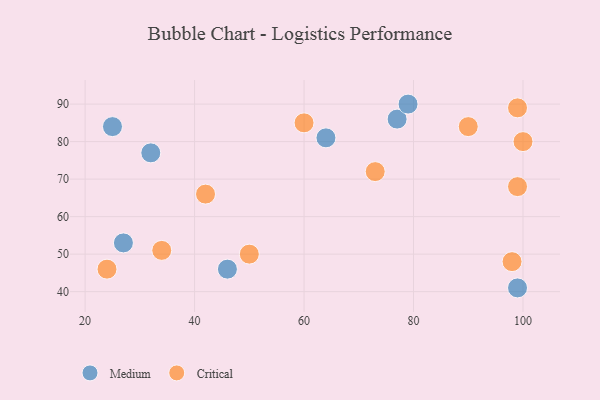
{"axis": {"x": "GDP", "y": "Life Expectancy"}, "legend": ["Critical", "Medium"], "data": [{"x": "99", "y": 41, "type": "Medium"}, {"x": "25", "y": 84, "type": "Medium"}, {"x": "27", "y": 53, "type": "Medium"}, {"x": "46", "y": 46, "type": "Medium"}, {"x": "77", "y": 86, "type": "Medium"}, {"x": "64", "y": 81, "type": "Medium"}, {"x": "79", "y": 90, "type": "Medium"}, {"x": "32", "y": 77, "type": "Medium"}, {"x": "99", "y": 68, "type": "Critical"}, {"x": "100", "y": 80, "type": "Critical"}, {"x": "98", "y": 48, "type": "Critical"}, {"x": "99", "y": 89, "type": "Critical"}, {"x": "34", "y": 51, "type": "Critical"}, {"x": "42", "y": 66, "type": "Critical"}, {"x": "73", "y": 72, "type": "Critical"}, {"x": "24", "y": 46, "type": "Critical"}, {"x": "90", "y": 84, "type": "Critical"}, {"x": "60", "y": 85, "type": "Critical"}, {"x": "50", "y": 50, "type": "Critical"}]}